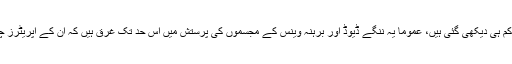
اقوام عالم میں سیکس ایجوکیشن لینے والی نسلیں کسی ضابطے کی پابند کم ہی دیکھی گئی ہیں، عموماً یہ ننگے ڈیوڈ اور برہنہ وینس کے مجسموں کی پرستش میں اس حد تک غرق ہیں کہ ان کے آپریٹرز چہار سو نوع انسان کو لباس کے تکلف سے نجات بخشنے کے داعی ہیں۔